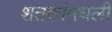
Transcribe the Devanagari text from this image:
शतकांमधली